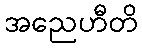
အညေဟီတိ